Medical and sanitary report of the native army of Madras for the year
Year: 1872
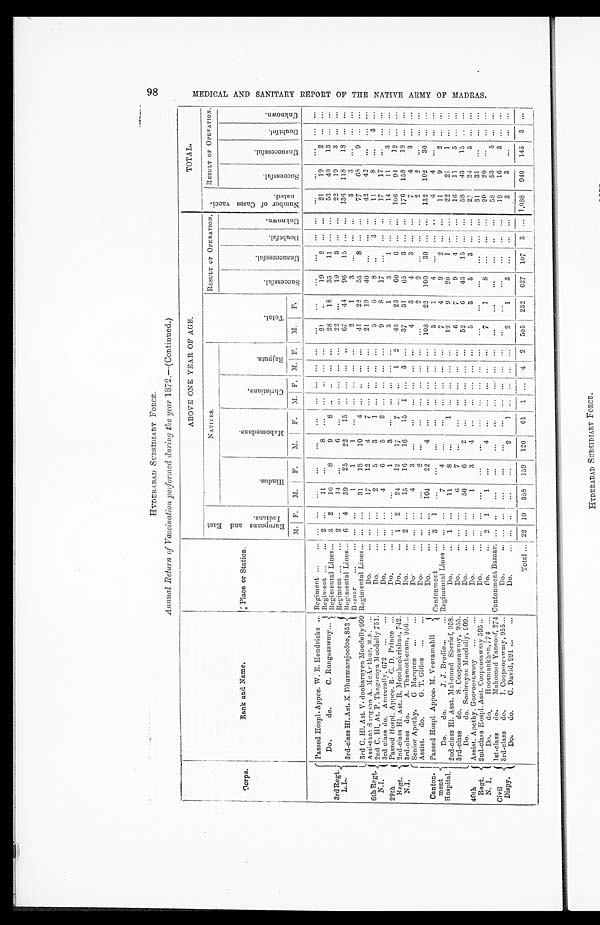
HYDERABAD SUBSIDIARY FORCE.
Annual Return of Vaccination performed during the year 1872.—(Continued.)
Corps.
Rank and Name.
Place or Station.
ABOVE ONE YEAR OF AGE.
TOTAL.
E u r o p e a n s a n d E a s t I n d i a n s .
NATIVES.
T o t a l .
RESULT OF OPERATION.
N u m b e r o f C a s e s v a c c i - n a t e d .
R E S U L T O F O P E R A T I O N .
H i n d u s .
M a h o m e d a n s .
C h r i s t i a n s .
R a j p u t s .
S u c c e s s f u l .
U n s u c c e s s f u l .
D o u b t f u l .
U n k n o w n .
S u c c e s s f u l .
U n s u c c e s s f u l .
D o u b t f u l .
U n k n o w n .
M. F. M. F.
M.
F. M. F. M.
F .
M.
F.
3rd Regt.
L.I.
Passed Hospl. Appce. W. E. Hendricks
Regiment
... ...
...
...
...
...
...
. . .
... ...
...
...
...
...
... ...
...
...
. . .
. . .
...
Do.
do.
C. Rungasawmy
Regiment
2 ...
11
...
8
. . .
. . .
. . .
. . .
. . .
2 1
. . .
19
2 ...
. . .
21
19
2
. . .
. . .
Regimental Lines
3 2
16
8
9
8
. . .
. . .
. . .
. . .
28
1 8
35
11 ... ...
53
40
13 ... ...
3rd-class HI. Ast. K. Dhurmarajooloo, 853
Regiment
2 ...
14 ...
6
. . .
. . .
. . .
. . .
. . .
2 2
. . .
19
3 ... ...
22
19
3
. . .
. . .
Regimental Lines
6 4
39
25
22
15
. . .
. . .
...
. . .
67
44
96
15 ...
. . .
136 118
18
. . .
. . .
Bazzaar
. . .
. . .
1
1 1
. . .
. . .
. . .
. . .
. . .
2
1
3 ...
... ...
3
3
. . .
. . .
. . .
3rd C. HI. Ast. V. doobaroyen Moodelly 909 Regimental Lines
... ...
31
1 8
10
4 ...
. . .
. . .
...
41
22
55
8 ... ...
77
68
9
. . .
. . .
6th Regt
N.I.
Assistant Surgeon A. McArthur, M.B.
Do.
... ...
17
12
4
7
. . .
. . .
. . .
. . .
21
19
40 ...
... ...
42
42
...
... ...
2nd C. HI. At. P. Thagaroya Moodelly 751.
Do.
... ...
2
5
3
1
. . .
. . .
. . .
. . .
5
6
8
. . .
3
. . .
11
8
. . .
3
. . .
3rd class do. Ameerally, 672
Do.
... ...
4
6
5
2
. . .
. . .
. . .
. . .
9
8
17
. . .
. . .
. . .
17
17
. . .
. . .
. . .
29th
Regt.
N.I.
Passed Hospl. Appce. R. C. D. Prince
Do.
... ...
...
1
3
. . .
...
. . .
... ...
3
1
3
1 ... ...
14
11
3 ...
. . .
2nd-class HI. Ast. R. Moothookrishna, 742.
Do.
1 2
24
12
17
7 ...
. . .
1 2
43
23
60
6 ... ...
106
94
12
. . .
. . .
3rd-class do.
A. Thamotheram, 956
Do.
2 ...
15
16
16
15 1 ... 3 ...
37
31
65
3 ... ... 176 158
18 ...
. . .
Canton-
ment
Hospital.
Senior Apothy. G Macquee
Do.
... ...
4
3
...
. . .
. . .
. . .
. . .
. . .
4
3
4
3
. . .
. . .
7
4
3
. . .
. . .
Assist. do.
G. T. Gilles
Do.
... ...
...
2
. . .
. . .
... ... ... ...
...
2 2
. . .
. . .
. . .
2
2
. . .
. . .
. . .
Passed Hospl. Appce. M. Veeramahli
Do.
... ...
104
22
4
. . .
... ... ... ...
108
22 100
30 ... ...
132 102
30 ...
. . .
Cantonment
3 1
. . .
. . .
...
...
. . .
. . .
. . .
. . .
3
1
4
. . .
. . .
...
4
4 ...
... ...
Do. do. J. J. Brodie
Regimental Lines
... ...
7
4
...
. . .
. . .
. . .
... ...
7
4
9
2
. . .
...
11
9
2
. . .
. . .
2nd-class HI. Asst. Mahomed Sherief, 958.
Do.
1 ...
11
8
..
.
1 ...
. . .
. . .
. . .
12
9
20
1 ... ...
22
21
1
. . . . . .
3rd-class do.
S. Coopoosawmy, 955.
Do.
. . . . . .
6
7
. . .
. . .
. . .
. . .
. . .
. . .
6
7
9
4 ... ...
1 6
11
5
. . .
. . .
Do.
do. Soobroyen Moodelly, 909.
Do.
. . .
...
50
6
2
. . .
. . .
. . .
. . .
. . .
5 2
6
43
15 ... ...
58
43
15
. . . . . .
40th
Regt.
N. I.
Assist. Apothy. Gooroosawmy
Do.
. . .
...
1
3
4
. . .
. . .
. . .
... ...
5
3
5
3 ... ...
27
24
3
. . .
. . .
2nd-class Hospl. Asst. Coopoosawrny 595.
Do.
... ...
...
...
. . .
...
... ... ...
. . .
...
...
...
... ... ...
31
31
...
...
. . .
Do.
do. Hoosmankhan, 774
Do.
2 1
1
. . .
4
...
... ...
. . .
. . .
7
1
8
. . .
. . .
. . .
2 0
2 0
. . .
. . .
. . .
Civil
Dispy.
lst-class do.
Mahomed Yansoof, 274 Cantonment Bazaar. ...
. . .
. . .
. . .
. . .
. . .
...
. . .
. . .
. . .
. . .
. . .
. . .
...
...
. . .
58
53
5 ...
. . .
3rd-class do.
J. Coopoosawmy, 955
Do.
... ...
...
...
...
. . .
... ... ...
. . . . . .
...
...
...
...
. . .
19
16
3
. . .
. . .
Do.
do.
C. David, 991
Do.
... ...
...
...
2
1
. . .
. . .
. . .
. . .
2
1
3 ...
...
. . .
3
3
...
. . .
. . .
Total
22 10 358 159 120
6 1
1 . . .
4 2 505 232 627 107 3 ... 1,088 940 145
3
. . .